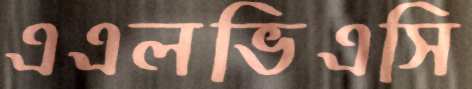
এএলভিএসি